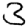
Digit: 3